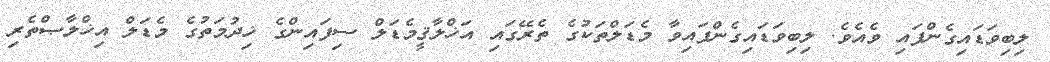
ލިބިވަޑައިގެންފައި ވެއެވެ. ލިބިވަޑައިގެންފައިވާ މެޑަލްތަކުގެ ތެރޭގައި އަޚްލާޤީމެޑަލް ސިފައިންގެ ޚިދުމަތުގެ މެޑަލް އިޚްލާޞްތެރި